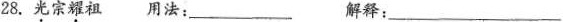
28.光宗耀祖用法：___解释：___